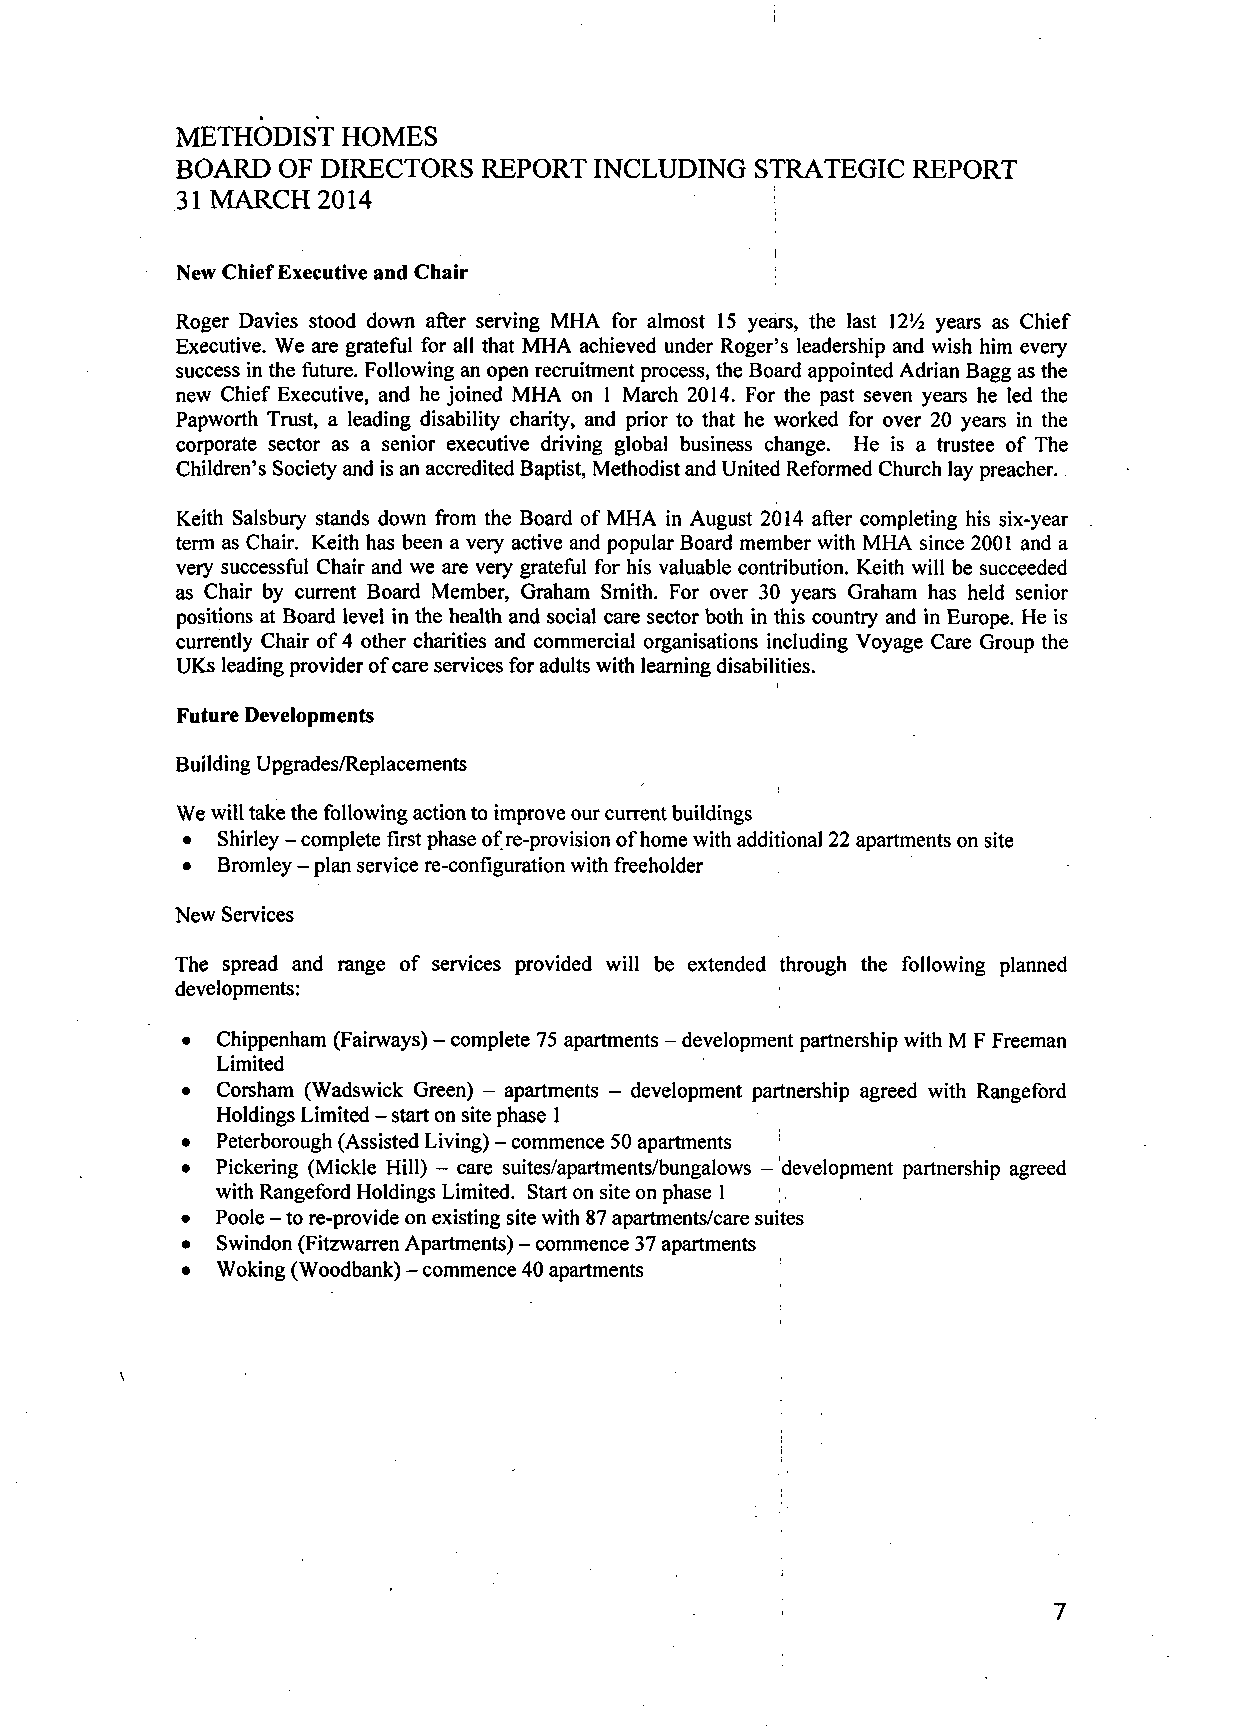
METHODIST  HOMES
 BOARD  OF DIRECTORS REPORT  INCLUDING STRATEGIC  REPORT
 31 MARCH 2014
 i
 New Chief Executive and Chair
 Roger Davies stood down after serving MHA for almost 15 years, the last 12V4 years as Chief
 Executive. We are grateful for all that MHA achieved under Roger's leadership and wish him every
 success in the future. Following an open recruitment process, the Board appointed Adrian Bagg as the
 new Chief Executive, and he joined MHA on 1 March 2014. For the past seven years he led the
 Papworth Trust, a leading disability charity, and prior to that he worked for over 20 years in the
 corporate sector as a senior executive driving global business change. He is a trustee of The
 Children's Society and is an accredited Baptist, Methodist and United Reformed Church lay preacher.
 Keith Salsbury stands down from the Board of MHA in August 2014 after completing his six-year
 term as Chair. Keith has been a very active and popular Board member with MHA since 2001 and a
 very successful Chair and we are very grateful for his valuable contribution. Keith will be succeeded
 as Chair by current Board Member, Graham Smith. For over 30 years Graham has held senior
 positions at Board level in the health and social care sector both in this country and in Europe. He is
 currently Chair of 4 other charities and commercial organisations including Voyage Care Group the
 UKs leading provider of care services for adults with learning disabilities.
 Future Developments
 Building Upgrades/Replacements
 We will take the following action to improve our current buildings
 •  Shirley - complete first phase of re-provision of home with additional 22 apartments on site
 • Bromley - plan service re-configuration with freeholder
 New Services
 The spread and range of services provided will be extended through the following planned
 developments:
 • Chippenham (Fairways) - complete 75 apartments - development partnership with M F Freeman
 Limited
 • Corsham (Wadswick Green) - apartments - development partnership agreed with Rangeford
 Holdings Limited - start on site phase 1
 • Peterborough (Assisted Living) - commence 50 apartments
 • Pickering (Mickle Hill) - care suites/apartments/bungalows - development partnership agreed
 with Rangeford Holdings Limited. Start on site on phase 1
 • Poole - to re-provide on existing site with 87 apartments/care suites
 • Swindon (Fitzwarren Apartments) - commence 37 apartments
 • Woking (Woodbank) - commence 40 apartments
 7